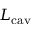
L _ { \mathrm { c a v } }